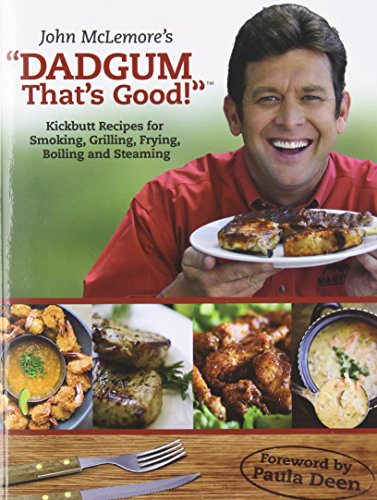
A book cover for Dadgum That's Good; John McLemore; Cookbooks, Food & Wine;